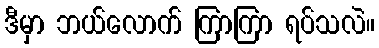
ဒီမှာ ဘယ်လောက် ကြာကြာ ရပ်သလဲ။